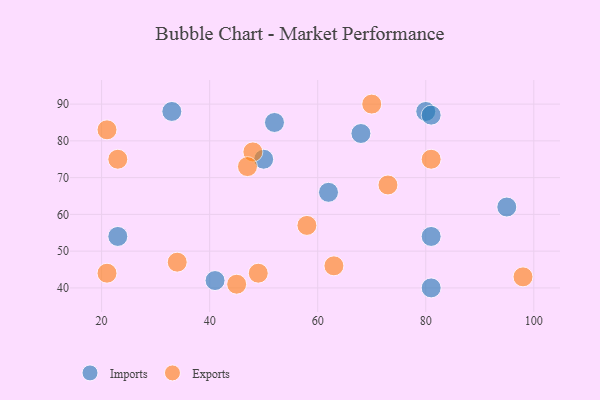
{"axis": {"x": "GDP", "y": "Life Expectancy"}, "legend": ["Exports", "Imports"], "data": [{"x": "62", "y": 66, "type": "Imports"}, {"x": "95", "y": 62, "type": "Imports"}, {"x": "33", "y": 88, "type": "Imports"}, {"x": "81", "y": 54, "type": "Imports"}, {"x": "50", "y": 75, "type": "Imports"}, {"x": "52", "y": 85, "type": "Imports"}, {"x": "81", "y": 40, "type": "Imports"}, {"x": "80", "y": 88, "type": "Imports"}, {"x": "41", "y": 42, "type": "Imports"}, {"x": "23", "y": 54, "type": "Imports"}, {"x": "81", "y": 87, "type": "Imports"}, {"x": "68", "y": 82, "type": "Imports"}, {"x": "70", "y": 90, "type": "Exports"}, {"x": "21", "y": 44, "type": "Exports"}, {"x": "23", "y": 75, "type": "Exports"}, {"x": "45", "y": 41, "type": "Exports"}, {"x": "63", "y": 46, "type": "Exports"}, {"x": "81", "y": 75, "type": "Exports"}, {"x": "73", "y": 68, "type": "Exports"}, {"x": "49", "y": 44, "type": "Exports"}, {"x": "21", "y": 83, "type": "Exports"}, {"x": "48", "y": 77, "type": "Exports"}, {"x": "34", "y": 47, "type": "Exports"}, {"x": "58", "y": 57, "type": "Exports"}, {"x": "47", "y": 73, "type": "Exports"}, {"x": "98", "y": 43, "type": "Exports"}]}